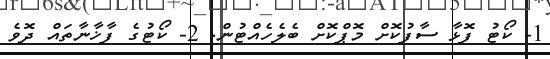
1- ކޯޓު ފޮޅާ ސާފުކޮށް މޮޕްކޮށް ބެލެހެއްޓުން. 2- ކޯޓުގެ ފާޚާނާތައް ދޮވެ